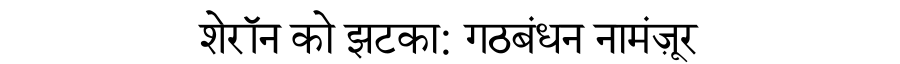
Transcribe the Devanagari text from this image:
शेरॉन को झटका: गठबंधन नामंज़ूर